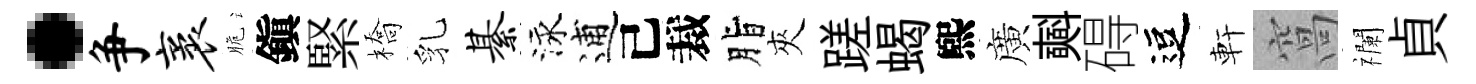
·争袤脆鎭緊橋乳綦泳逋己裁脂夾蹉蝎煕廣𣂏碍逗軒窩襴貞